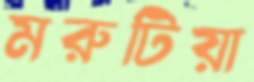
মরুটিয়া